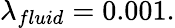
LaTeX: \lambda_{fluid}=0.001.